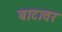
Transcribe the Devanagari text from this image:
बाटावर